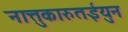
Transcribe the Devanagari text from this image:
नात्तुकारुतईयुन